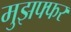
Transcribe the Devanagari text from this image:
मुझफ्फर